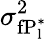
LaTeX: \sigma_{\mathrm{fP_{l}^{*}}}^{2}